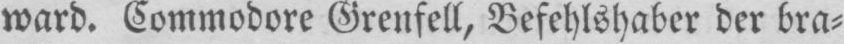
ward. Commodore Grenfell, Befehlshaber der bra⸗